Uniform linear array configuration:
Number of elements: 4
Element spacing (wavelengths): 1
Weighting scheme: kaiser
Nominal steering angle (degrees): -15
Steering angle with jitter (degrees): -14.095
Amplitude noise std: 0.05
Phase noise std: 0.05

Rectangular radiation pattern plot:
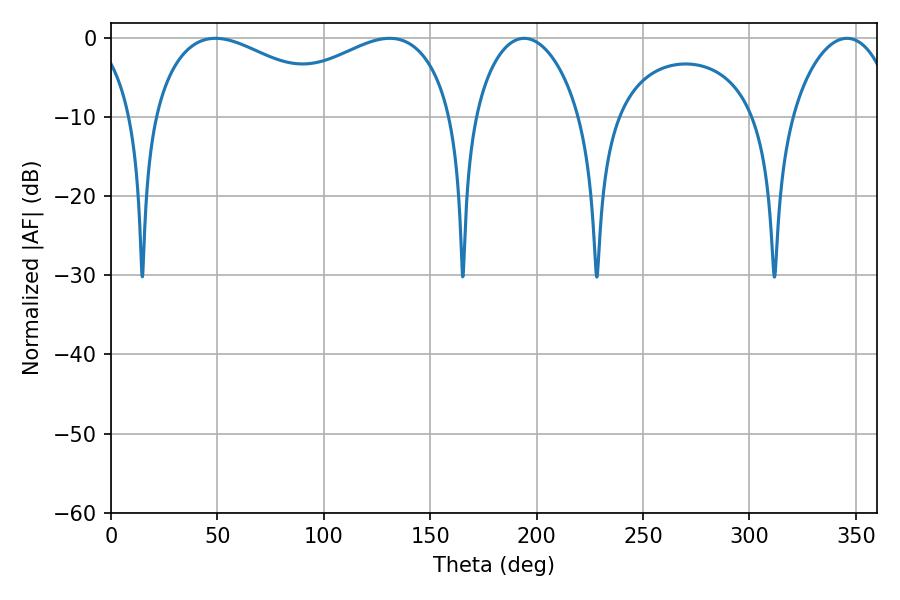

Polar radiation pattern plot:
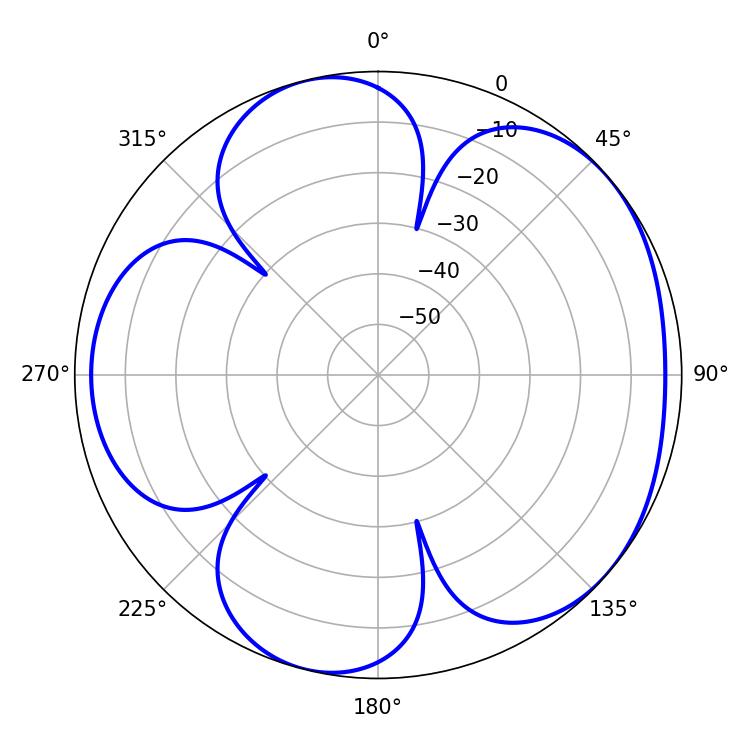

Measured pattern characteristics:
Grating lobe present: TRUE
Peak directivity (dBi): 4.761
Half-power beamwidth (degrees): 51.3
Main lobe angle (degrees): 49.14